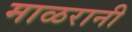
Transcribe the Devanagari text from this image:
माळरानी